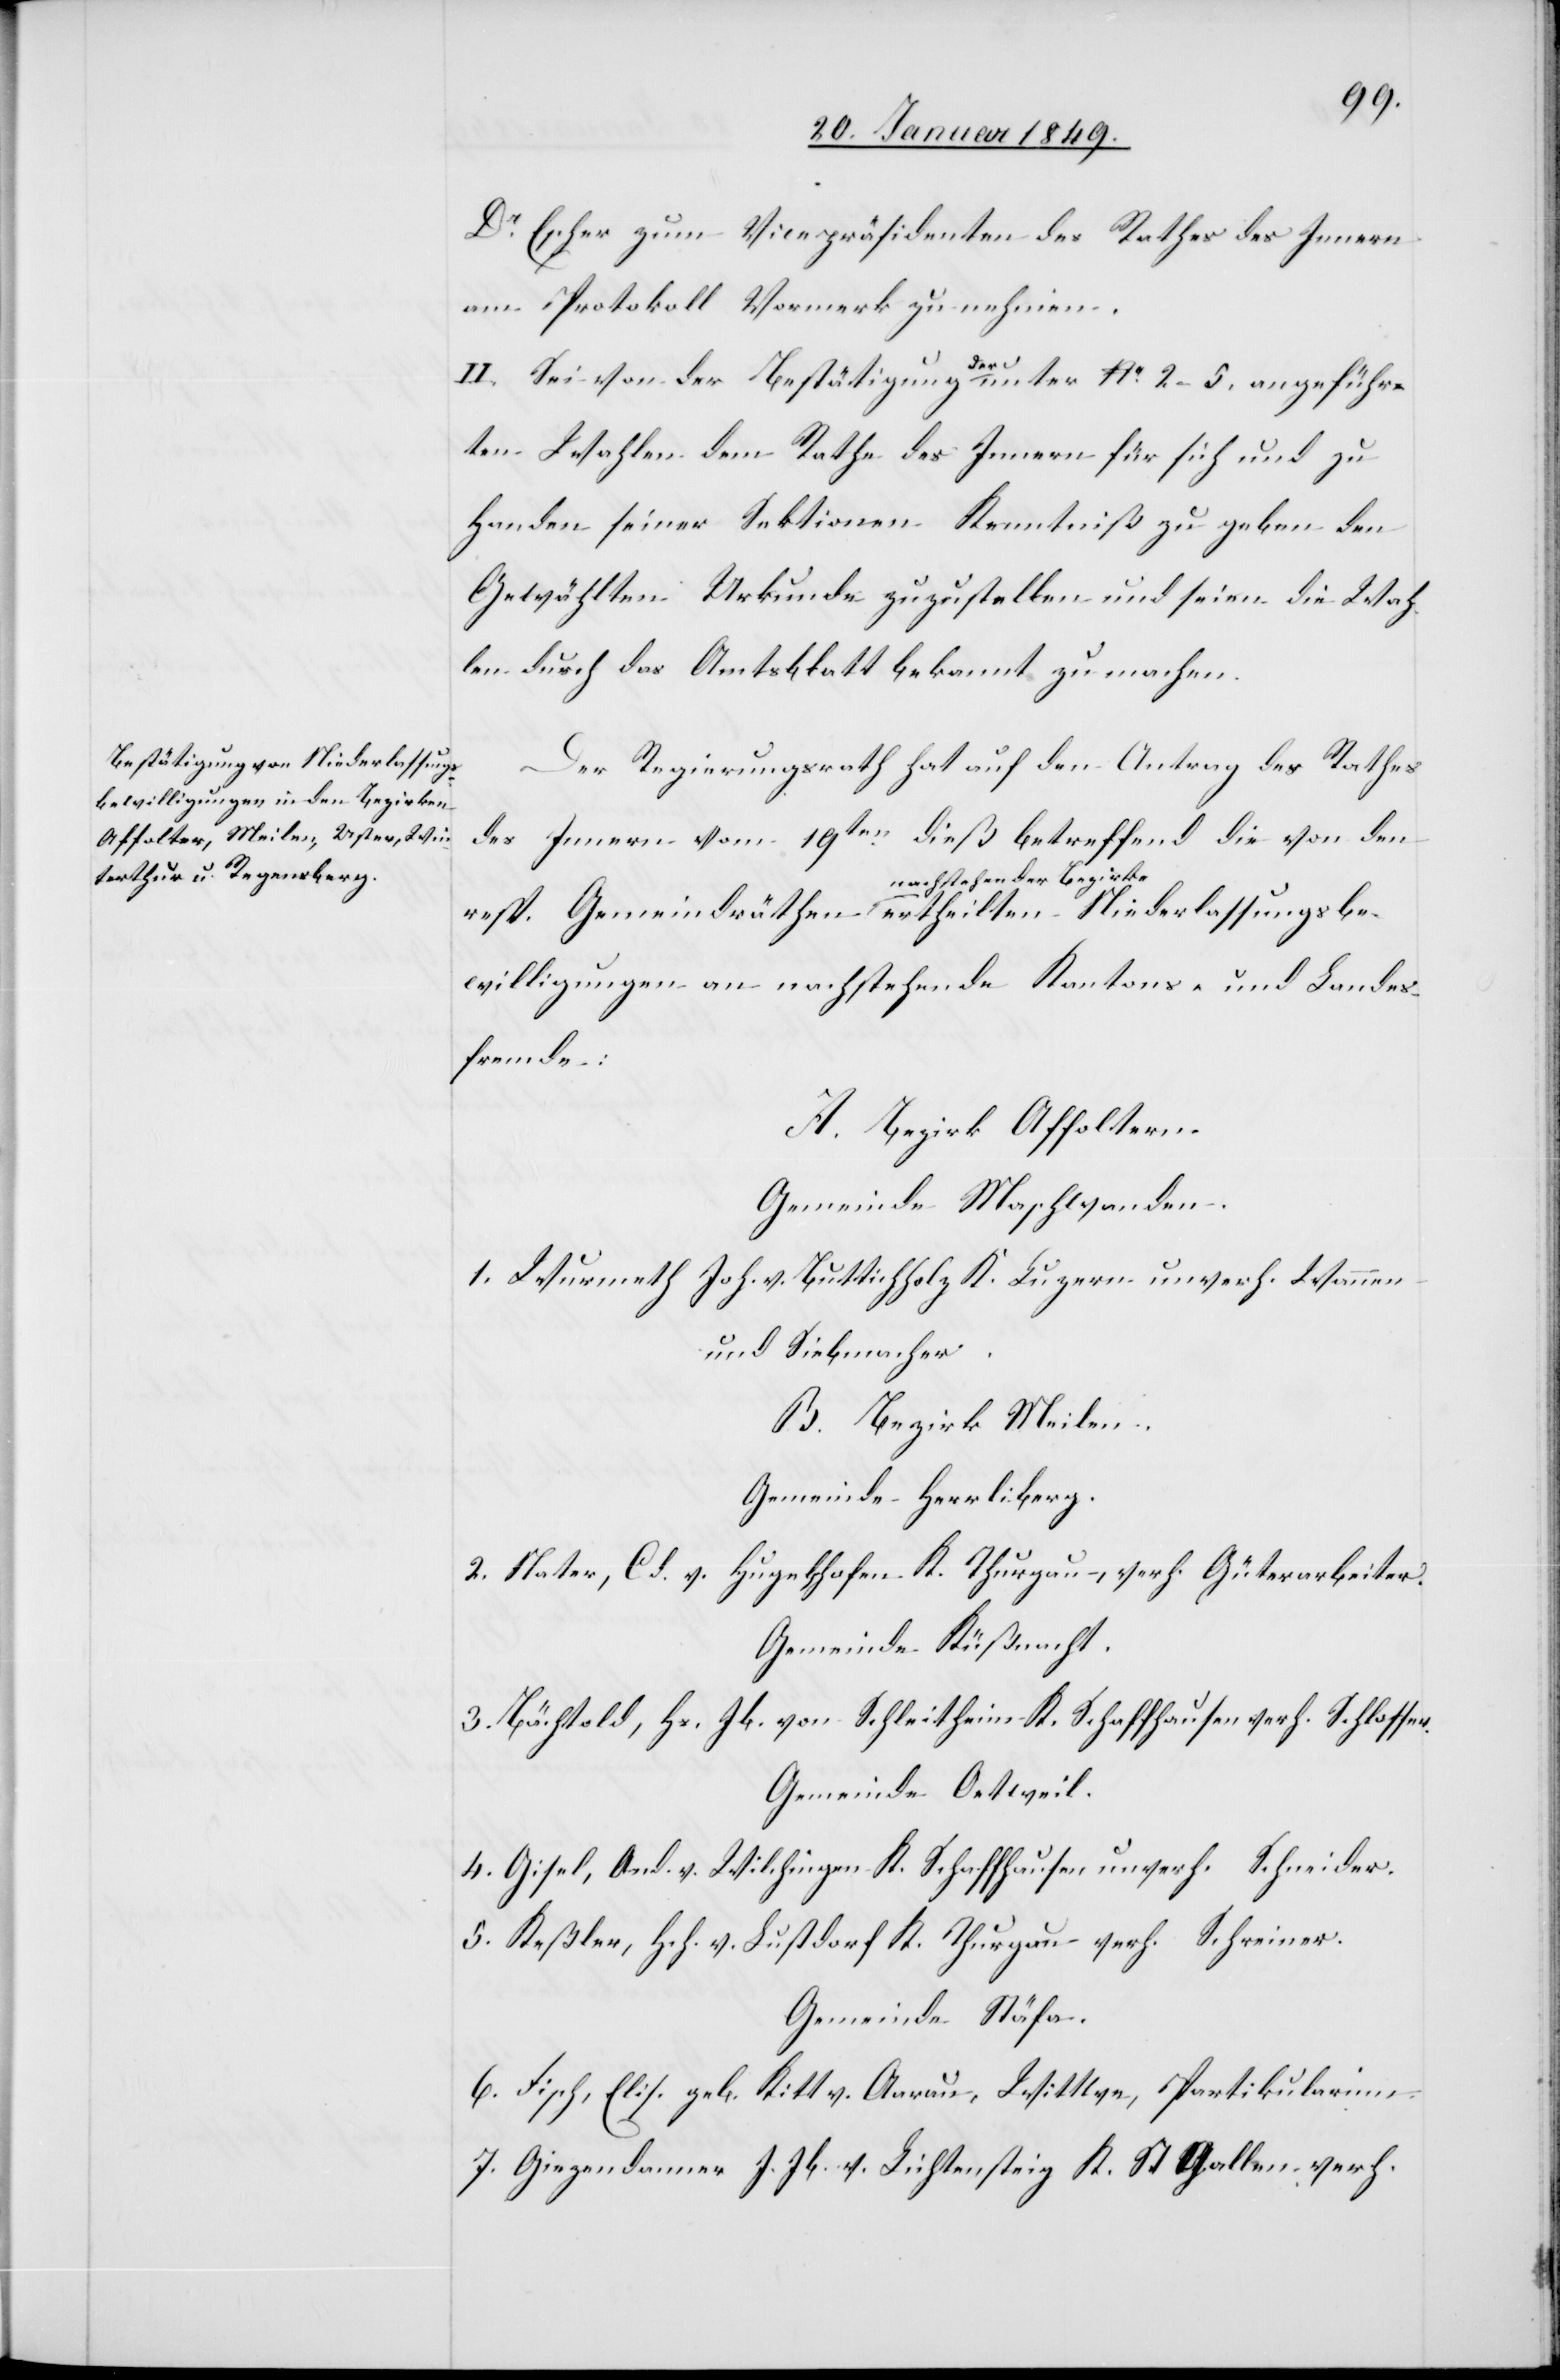
sungs¬
Dr. Escher zum Vicepräsidenten des Rathes des Innern
am Protokoll Vormerk zu nehmen.
derlas¬
II. Sei von der Bestätigung der unter Nr. 2–5. angeführ¬
ten Wahlen dem Rathe des Innern für sich und zu
Handen seiner Sektionen Kenntniß zu geben[,] den
Gewählten Urkunde zuzustellen und seien die Wah¬
len durch das Amtsblatt bekannt zu machen.
Der Regierungsrath hat auf den Antrag des Rathes
des Innern vom 19ten. dieß betreffend die von den
nachstehender Bezirke
bewilligungen an nachstehende Kantons- und Landes¬
fremde:
A. Bezirk Affoltern.
Gemeinde Maschwanden.
1. Wurmeth Joh. v. Buttichholz K. Luzern unverh. Wannen-
und Siebmacher.
B. Bezirk Meilen.
Gemeinde Herrliberg.
2. Nater, Cd. v. Hugelshofen K. Thurgau, verh. Güterarbeiter.
Gemeinde Küßnacht.
3. Bächtold, Hs. Jb. von Schleitheim K. Schaffhausen verh. Schlosser.
Gemeinde Oetweil.
4. Gisel, And. v. Wilchingen K. Schaffhausen unverh. Schneider.
5. Keßler, Hch. v. Lustdorf K. Thurgau verh. Schreiner.
Gemeinde Stäfa.
6. Fisch, Elis. geb. Kitt v. Aarau, Wittwe, Partikularinn.
7. Giezendanner J. Jb. v. Lichtensteig K. St Gallen verh.